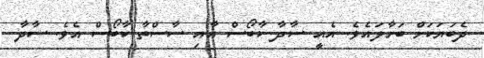
ދެބަޔަކަށް ބަހާލައެވެ. އެއީ ސާދާ ކާބޯސް އާއި ސާސްތާ ކާބޯސް އެވެ. ސާދާ